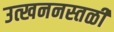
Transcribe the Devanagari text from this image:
उत्खननस्तळी